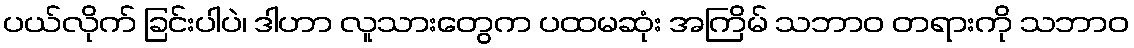
ပယ်လိုက် ခြင်းပါပဲ၊ ဒါဟာ လူသားတွေက ပထမဆုံး အကြိမ် သဘာဝ တရားကို သဘာဝ